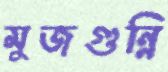
মুজগুন্নি